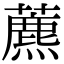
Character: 藨